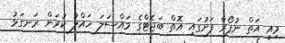
މިއީ އަތް ނުފޯރާ ފަށުގައި އޮތް ބަޖެޓްގެ މައްސަލަ ހައްލު ކުރަން ރަނގަޅު